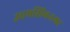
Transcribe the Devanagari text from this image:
उधमसिंगनगर